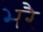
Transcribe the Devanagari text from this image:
भरै